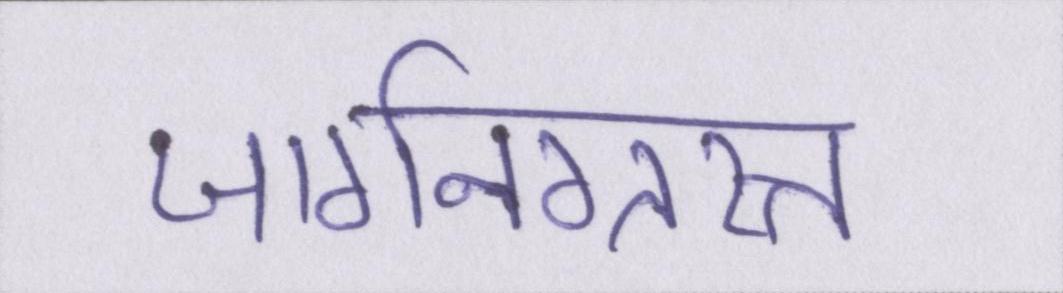
जार्गनग्रस्त